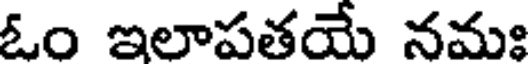
ఓం ఇలాపతయే నమః